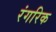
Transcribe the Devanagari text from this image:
रंगरिक